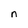
Character: n